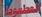
العطعو